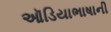
ઑડિયાભાષાની